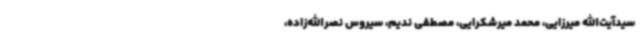
سیدآیت‌الله میرزایی، محمد میرشکرایی، مصطفی ندیم، سیروس نصرالله‌زاده،